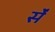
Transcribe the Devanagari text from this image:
र्सें